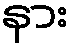
နား